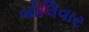
બોલિવાર